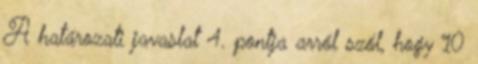
A határozati javaslat 4. pontja arról szól, hogy 10